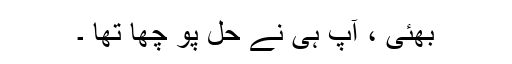
بھئی ، آپ ہی نے حل پو چھا تھا ۔